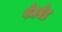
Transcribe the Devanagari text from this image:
गेमपेड